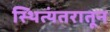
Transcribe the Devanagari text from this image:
स्थित्यंतरातून